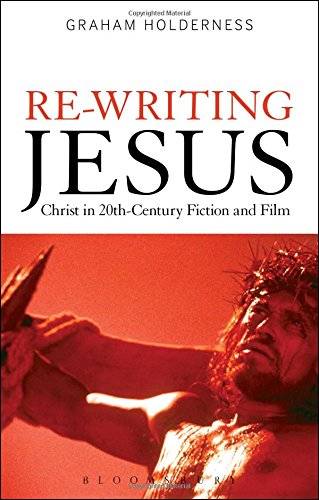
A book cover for Re-Writing Jesus: Christ in 20th-Century Fiction and Film; Graham Holderness; Literature & Fiction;